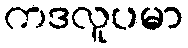
ကဒလူပမာ